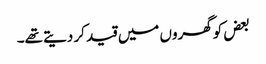
بعض کو گھروں میں قید کر دیتے تھے۔